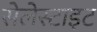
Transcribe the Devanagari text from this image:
सेलेस्टाइट